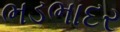
ભડભાદર